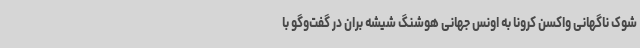
شوک ناگهانی واکسن کرونا به اونس جهانی هوشنگ شیشه بران در گفت‌وگو با